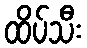
ထိပ်သီး